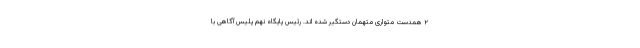
۲ همدست متواری متهمان دستگیر شده اند. رئیس پایگاه نهم پلیس آگاهی با